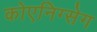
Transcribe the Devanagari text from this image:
कोएनिग्सेग